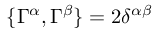
\{ \Gamma ^ { \alpha } , \Gamma ^ { \beta } \} = 2 \delta ^ { \alpha \beta }